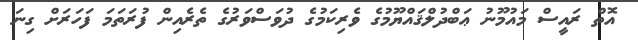
އޮތް ރައީސް މައުމޫނު ޢަބްދުލްޤައްޔޫމުގެ ވެރިކަމުގެ ދުވަސްވަރުގެ ތެރެއިން ފުރަތަމަ ފަހަރަށް ގިނަ